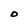
Character: O